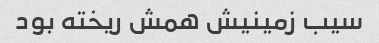
سیب زمینیش همش ریخته بود